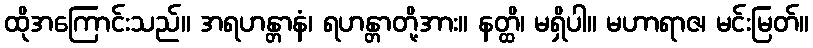
ထိုအကြောင်းသည်။ အရဟန္တာနံ၊ ရဟန္တာတို့အား။ နတ္ထိ၊ မရှိပါ။ မဟာရာဇ၊ မင်းမြတ်။